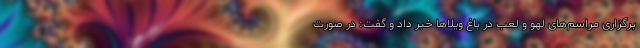
برگزاری مراسم‌های لهو و لعب در باغ ویلاها خبر داد و گفت: در صورت